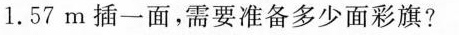
1.57m插一面，需要准备多少面彩旗?